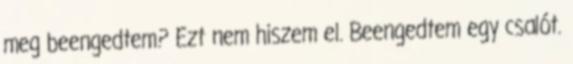
meg beengedtem? Ezt nem hiszem el. Beengedtem egy csalót.